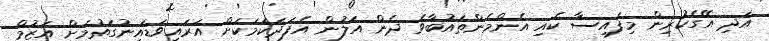
އަދި އޭގެކުރިން މިފައިސާ ކެއި އެންމެންތައުބާވެ ދެން އަލުން އެފަދަކަމަކަށް އަރައިވަޑައިނުގަތުމަށް އަޒުމް